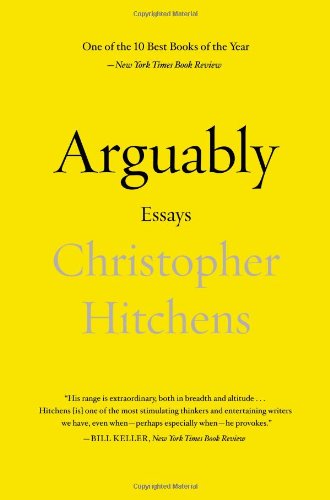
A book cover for Arguably: Essays by Christopher Hitchens; Christopher Hitchens; Literature & Fiction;